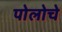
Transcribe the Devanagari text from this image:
पोलोचे